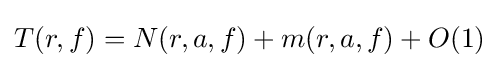
T(r,f)=N(r,a,f)+m(r,a,f)+O(1)